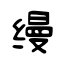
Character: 缦